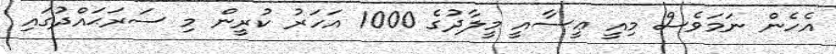
އެހެން ނަމަވެސް މިއީ ޢީސާއީ މީލާދުގެ 1000 އަހަރު ކުރީން މި ސަރަޙައްދުގައި